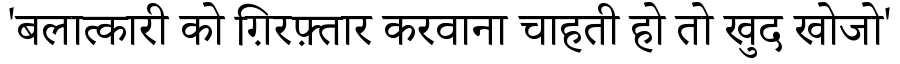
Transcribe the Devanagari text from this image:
'बलात्कारी को ग़िरफ़्तार करवाना चाहती हो तो खुद खोजो'